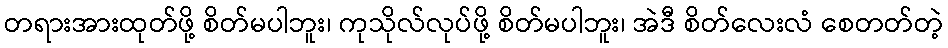
တရားအားထုတ်ဖို့ စိတ်မပါဘူး၊ ကုသိုလ်လုပ်ဖို့ စိတ်မပါဘူး၊ အဲဒီ စိတ်လေးလံ စေတတ်တဲ့